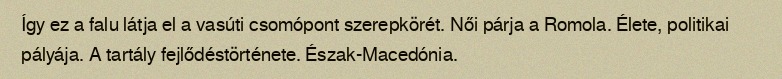
Így ez a falu látja el a vasúti csomópont szerepkörét. Női párja a Romola. Élete, politikai pályája. A tartály fejlődéstörténete. Észak-Macedónia.